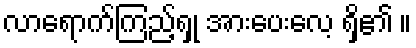
လာရောက်ကြည့်ရှု အားပေးလေ့ ရှိ၏ ။